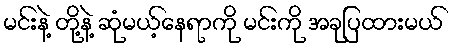
မင်းနဲ့ တို့နဲ့ ဆုံမယ့်နေရာကို မင်းကို အခုပြထားမယ်